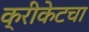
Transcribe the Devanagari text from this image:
क्रीकेटचा